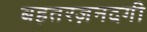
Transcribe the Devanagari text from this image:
बहतरज़नदगी